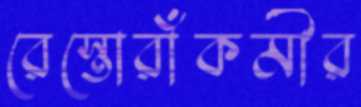
রেস্তোরাঁকর্মীর